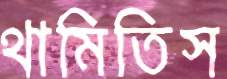
থামিতিস